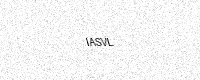
Text: IASVL